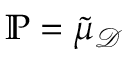
\mathbb { P } = \tilde { \mu } _ { \mathcal { D } }